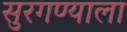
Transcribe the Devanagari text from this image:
सुरगण्याला